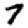
Digit: 7